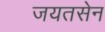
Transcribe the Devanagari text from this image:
जयतसेन